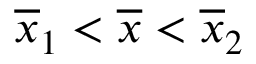
\overline { { x } } _ { 1 } < \overline { { x } } < \overline { { x } } _ { 2 }